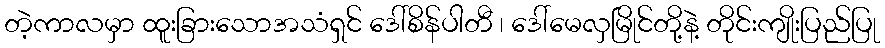
တဲ့ကာလမှာ ထူးခြားသောအသံရှင် ဒေါ်စိန်ပါတီ ၊ ဒေါ်မေလှမြိုင်တို့နဲ့ တိုင်းကျိုးပြည်ပြု